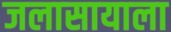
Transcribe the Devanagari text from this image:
जलासायाला